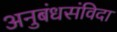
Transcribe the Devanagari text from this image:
अनुबंधसंविदा